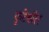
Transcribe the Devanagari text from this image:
फूटेबॉल